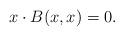
LaTeX: \begin{align*} x \cdot B(x,x) = 0. \end{align*}